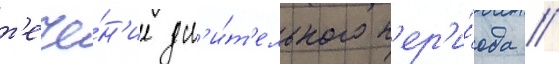
т'ече́н'ие дл'и́т'ельного п'ер'и́ода //